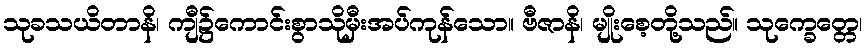
သုခသယိတာနိ၊ ကျီ၌ကောင်းစွာသိုမှီးအပ်ကုန်သော။ ဗီဇာနိ၊ မျိုးစေ့တို့သည်။ သုက္ခေတ္တေ၊